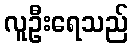
လူဦးရေသည်